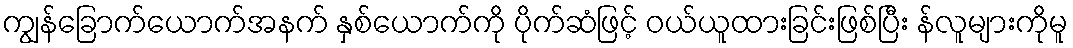
ကျွန်ခြောက်ယောက်အနက် နှစ်ယောက်ကို ပိုက်ဆံဖြင့် ဝယ်ယူထားခြင်းဖြစ်ပြီး န်လူများကိုမူ